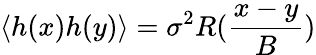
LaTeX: \langle h(x)h(y)\rangle=\sigma^{2}R(\frac{x-y}{B})